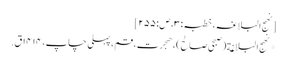
[نھج البلاغہ، خطبہ:۳، ص:۲۵۵]
*نهج البلاغة(صبحی صالح)، هجرت، قم، پہلی چاپ، ۱۴۱۴ق.